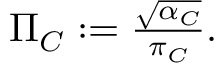
\begin{array} { r } { \Pi _ { C } : = \frac { \sqrt { \alpha _ { C } } } { \pi _ { C } } . } \end{array}